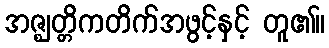
အဇ္ဈတ္တိကတိက်အဖွင့်နှင့် တူ၏။